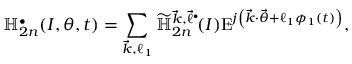
\mathbb { H } _ { 2 n } ^ { \bullet } ( \boldsymbol { I } , \boldsymbol { \theta } , t ) = \sum _ { \substack { \vec { k } , \ell _ { 1 } } } \widetilde { \mathbb { H } } _ { 2 n } ^ { \vec { k } , \vec { \ell } ^ { \bullet } } \! ( \boldsymbol { I } ) \mathrm { E } ^ { j \left( \vec { k } \cdot \vec { \theta } + \ell _ { 1 } \phi _ { 1 } ( t ) \right) } ,